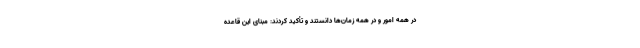
در همه امور و در همه زمان‌ها دانستند و تأکید کردند: مبنای این قاعده